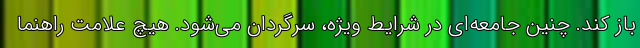
باز کند. چنین جامعه‌ای در شرایط ویژه، سرگردان می‌شود. هیچ علامت راهنما